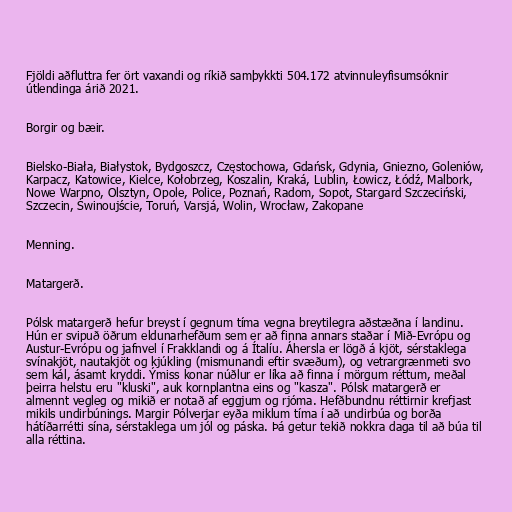
Fjöldi aðfluttra fer ört vaxandi og ríkið samþykkti 504.172 atvinnuleyfisumsóknir
útlendinga árið 2021.

Borgir og bæir.

Bielsko-Biała, Białystok, Bydgoszcz, Częstochowa, Gdańsk, Gdynia, Gniezno, Goleniów,
Karpacz, Katowice, Kielce, Kołobrzeg, Koszalin, Kraká, Lublin, Łowicz, Łódź, Malbork,
Nowe Warpno, Olsztyn, Opole, Police, Poznań, Radom, Sopot, Stargard Szczeciński,
Szczecin, Świnoujście, Toruń, Varsjá, Wolin, Wrocław, Zakopane

Menning.

Matargerð.

Pólsk matargerð hefur breyst í gegnum tíma vegna breytilegra aðstæðna í landinu.
Hún er svipuð öðrum eldunarhefðum sem er að finna annars staðar í Mið-Evrópu og
Austur-Evrópu og jafnvel í Frakklandi og á Ítalíu. Áhersla er lögð á kjöt, sérstaklega
svínakjöt, nautakjöt og kjúkling (mismunandi eftir svæðum), og vetrargrænmeti svo
sem kál, ásamt kryddi. Ýmiss konar núðlur er líka að finna í mörgum réttum, meðal
þeirra helstu eru "kluski", auk kornplantna eins og "kasza". Pólsk matargerð er
almennt vegleg og mikið er notað af eggjum og rjóma. Hefðbundnu réttirnir krefjast
mikils undirbúnings. Margir Pólverjar eyða miklum tíma í að undirbúa og borða
hátíðarrétti sína, sérstaklega um jól og páska. Þá getur tekið nokkra daga til að búa til
alla réttina.